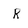
Character: R